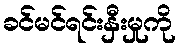
ခင်မင်ရင်းနှီးမှုကို